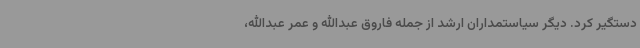
دستگیر کرد. دیگر سیاستمداران ارشد از جمله فاروق عبدالله و عمر عبدالله،